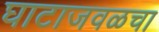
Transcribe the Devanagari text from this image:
घाटाजवळचा